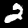
Label: 2